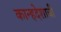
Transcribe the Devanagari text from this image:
कान्हदेशाची